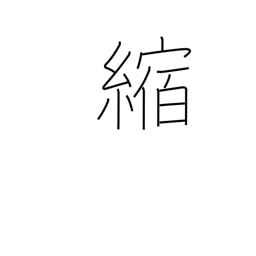
Meaning: shrink